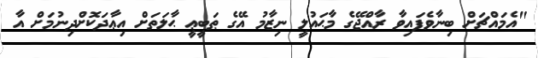
"އެމައްޗަށް ބިނާވެފައިވާ ރާއްޖޭގެ މާޙައުލީ ނިޒާމު އޭގެ ޠަބީޢީ ޙާލަތަށް އިޢާދަކޮށްދިނުމަށް އާ